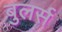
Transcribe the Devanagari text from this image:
बुलर्स